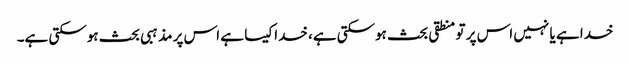
خدا ہے یا نہیں اس پر تو منطقی بحث ہوسکتی ہے، خدا کیسا ہے اس پر مذہبی بحث ہوسکتی ہے۔